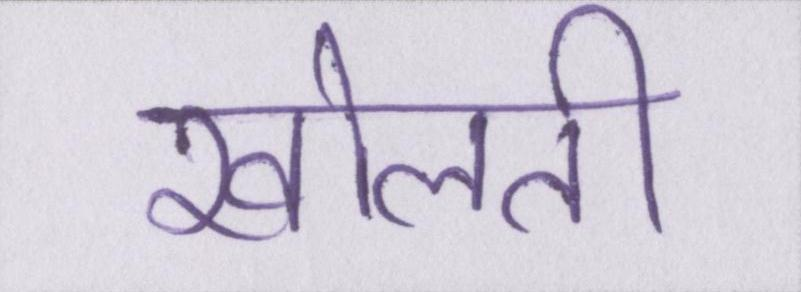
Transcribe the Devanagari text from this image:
खोलती